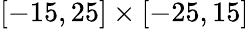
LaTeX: [-15,25]\times[-25,15]